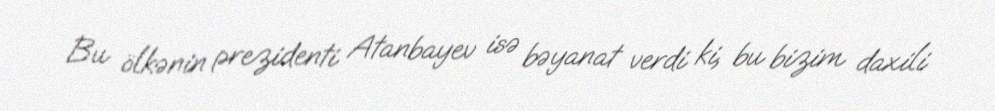
Bu ölkənin prezidenti Atanbayev isə bəyanat verdi ki, bu bizim daxili